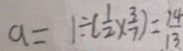
a = 1 \div ( \frac { 1 } { 2 } \times \frac { 3 } { 7 } ) = \frac { 1 4 } { 1 3 }